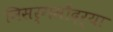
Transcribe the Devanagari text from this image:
निसर्गसौंदर्या